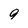
Character: 9